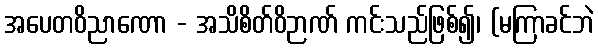
အပေတဝိညာဏော - အသိစိတ်ဝိဉာဏ် ကင်းသည်ဖြစ်၍၊ (မကြာခင်ဘဲ